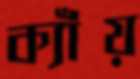
ক্যাঁয়